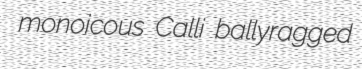
monoicous Calli ballyragged